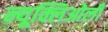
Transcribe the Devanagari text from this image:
न्यूक्लिओली